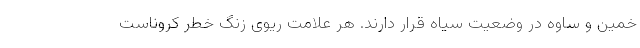
خمین و ساوه در وضعیت سیاه قرار دارند. هر علامت ریوی زنگ خطر کروناست